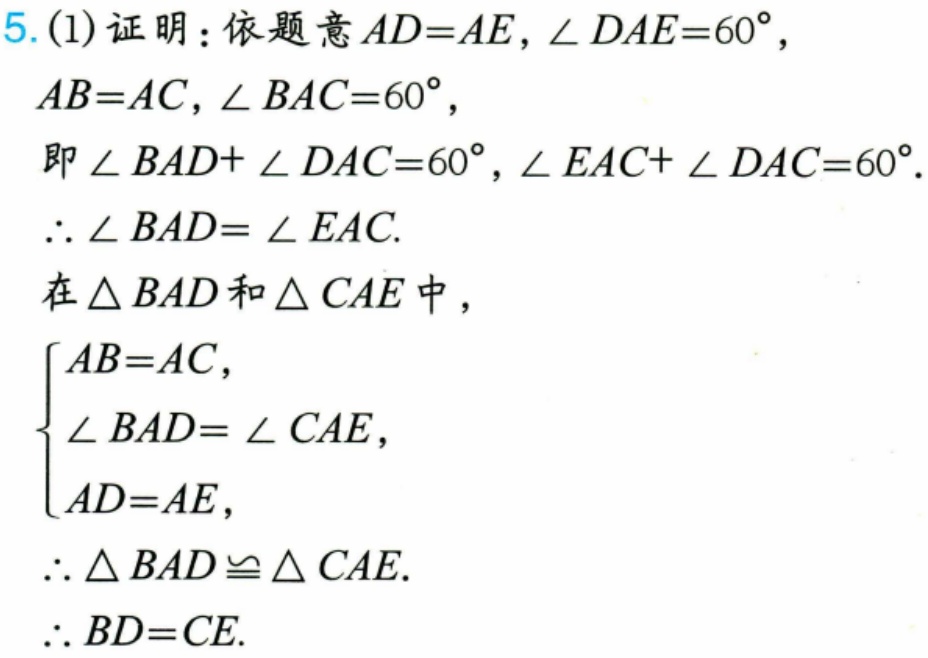
5. (1) 证明：依题意 \(AD = AE\)，\(\angle DAE = 60^{\circ}\)，
\(AB = AC\)，\(\angle BAC = 60^{\circ}\)，
即 \(\angle BAD+\angle DAC = 60^{\circ}\)，\(\angle EAC+\angle DAC = 60^{\circ}\).
\(\therefore\angle BAD=\angle EAC\).
在 \(\triangle BAD\) 和 \(\triangle CAE\) 中，
\(\begin{cases}
AB = AC,\\
\angle BAD=\angle CAE,\\
AD = AE,
\end{cases}\)
\(\therefore\triangle BAD\cong\triangle CAE\).
\(\therefore BD = CE\).